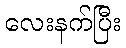
လေးနက်ပြီး